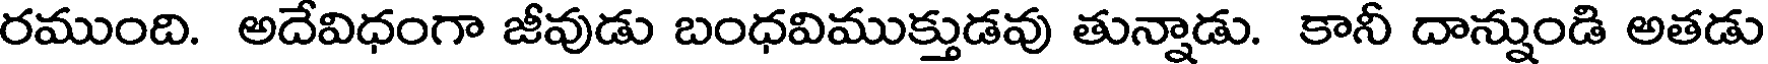
రముంది. అదేవిధంగా జీవుడు బంధవిముక్తుడవు తున్నాడు. కానీ దాన్నుండి అతడు